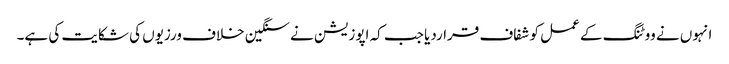
انہوں نے ووٹنگ کے عمل کو شفاف قراردیا جب کہ اپوزیشن نے سنگین خلاف ورزیوں کی شکایت کی ہے۔